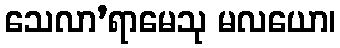
သေလာ’ရာမေသု မလယော၊